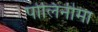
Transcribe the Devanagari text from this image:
पोलिनीमा